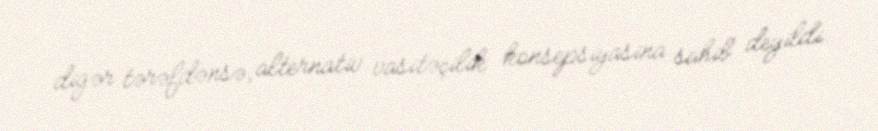
digər tərəfdənsə, alternativ vasitəçilik konsepsiyasina sahib deyildi.